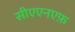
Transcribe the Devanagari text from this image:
सीएएनएफ़